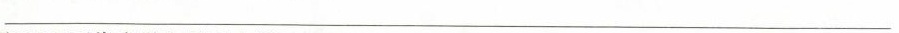
___